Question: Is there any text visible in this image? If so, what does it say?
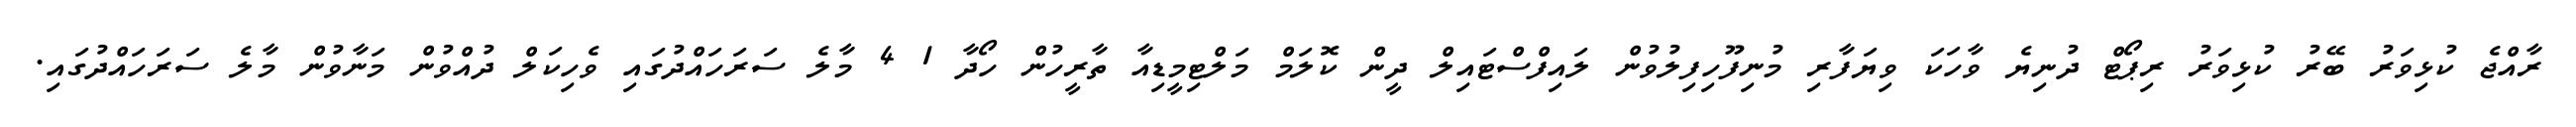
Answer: ރާއްޖެ ކުޅިވަރު ބޭރު ކުޅިވަރު ރިޕޯޓް ދުނިޔެ ވާހަކަ ވިޔަފާރި މުނިފޫހިފިލުވުން ލައިފްސްޓައިލް ދީން ކޮލަމް މަލްޓިމީޑިއާ ތާރީހުން ހޯދާ 1 4 މާލެ ސަރަހައްދުގައި ވެހިކަލް ދުއްވުން މަނާވުން މާލެ ސަރަހައްދުގައި.